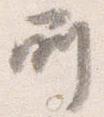
所